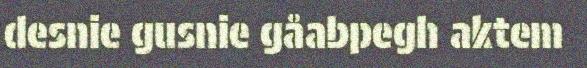
desnie gusnie gåabpegh aktem